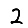
Digit: 2